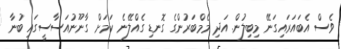
ވެސް އެބައަރައިގަނޭ މިބިލުން. އަދި މެމްބަރުންގެ ގޮނޑި ގެއްލޭނެ ކަމަށް ގާނޫނުއަސާސީގައި ބުނާ